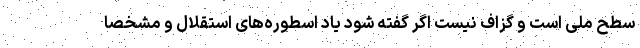
سطح ملی است و گزاف نیست اگر گفته شود یاد اسطوره‌های استقلال و مشخصاً